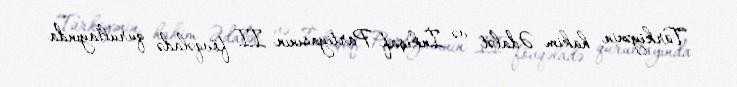
Türkiyənin hakim Ədalət və İnkişaf Partiyasının II fövqəladə qurultayında